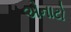
એનાટો